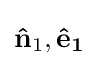
\mathbf {\hat {n}} _{1},\mathbf {{\hat {e}}_{1}}